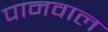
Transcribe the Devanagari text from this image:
पानवाल